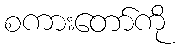
စကားတော်ကို